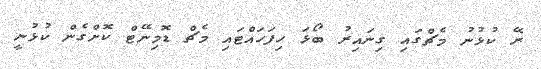
ރޭ ކުޅުނު މެޗްގައި ގިނައިރު ބޯޅަ ހިފަހައްޓައި މެޗް ޑޮމިނޭޓް ކޮށްގެން ކުޅުނީ